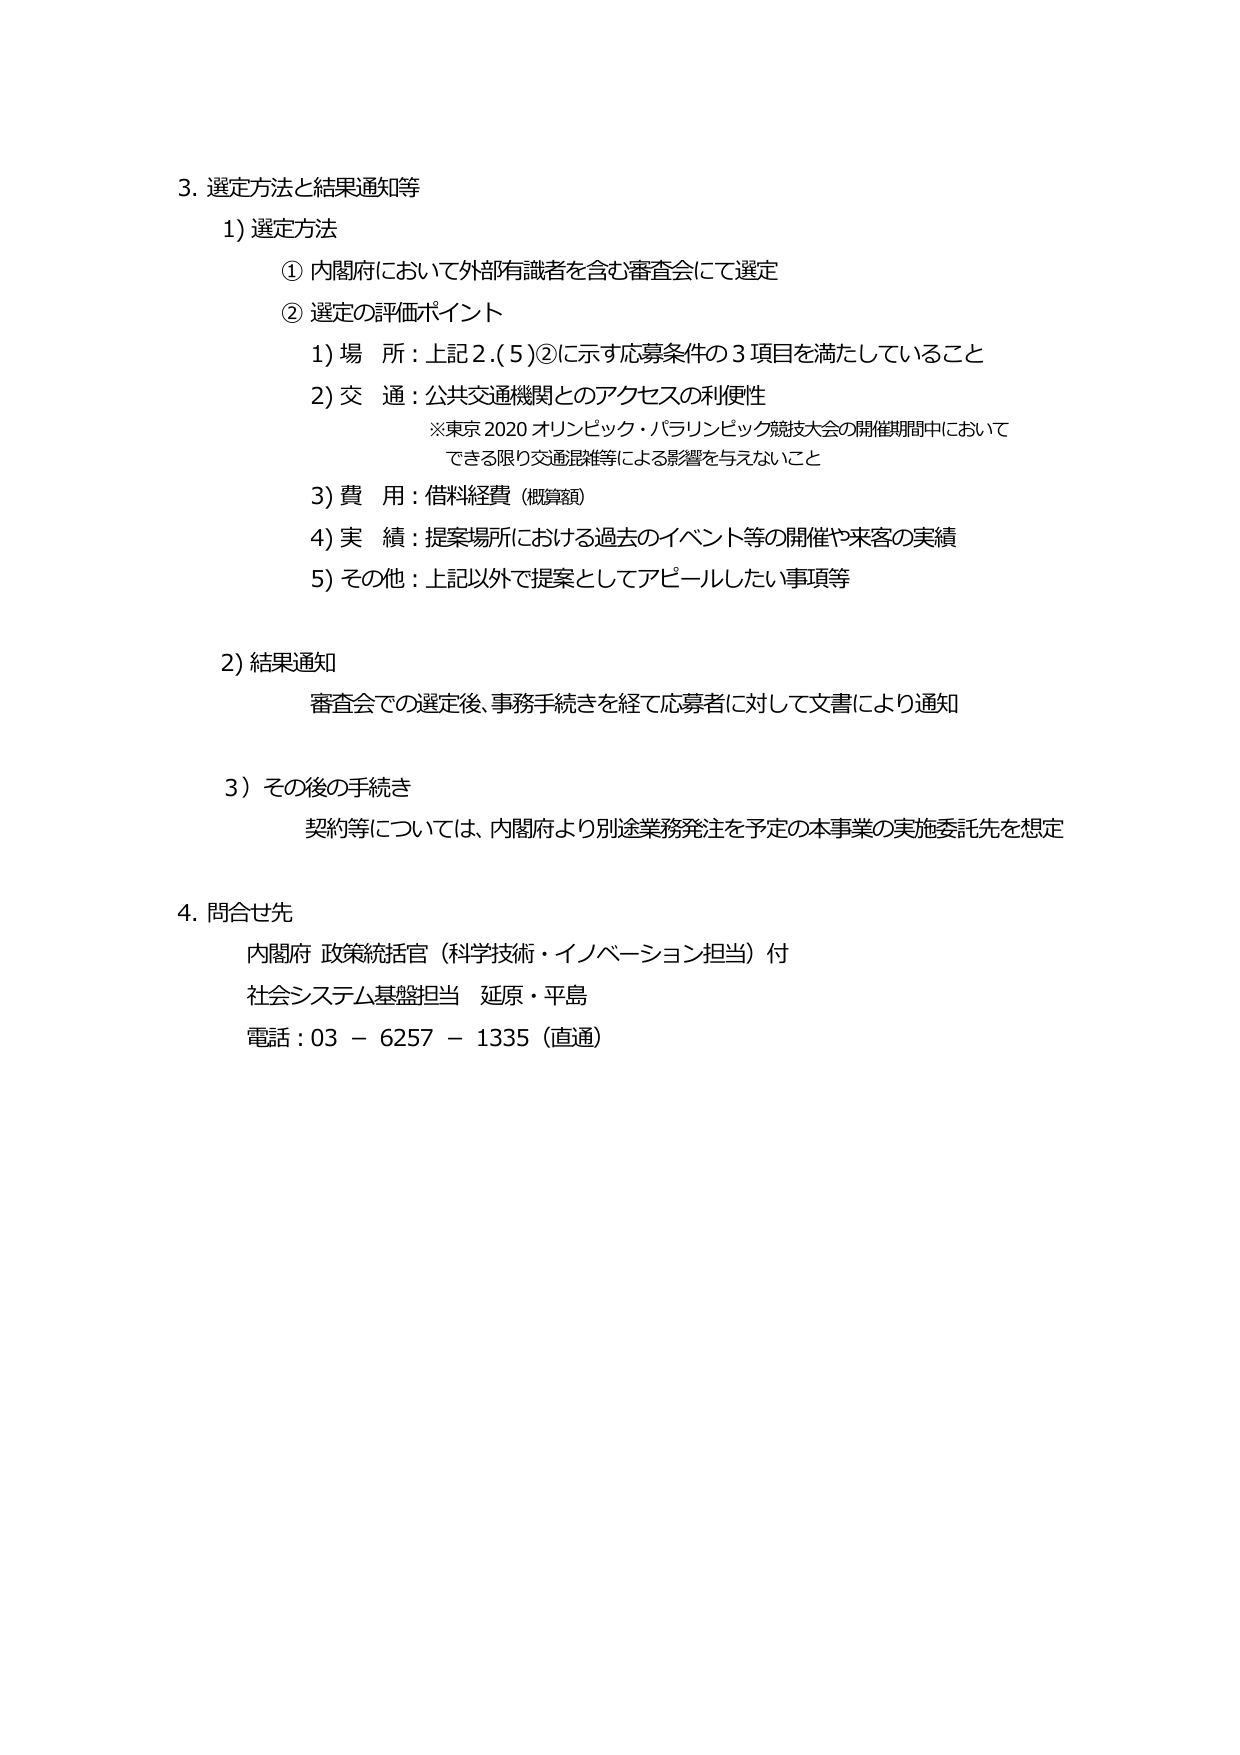
3. 選定方法と結果通知等
1) 選定方法
　① 内閣府において外部有識者を含む審査会にて選定
　② 選定の評価ポイント
　　1) 場 所：上記2.(5)②に示す応募条件の3項目を満たしていること
　　2) 交 通：公共交通機関とのアクセスの利便性
　　　　※東京2020オリンピック・パラリンピック競技大会の開催期間中において
　　　　　できる限り交通混雑等による影響を与えないこと
　　3) 費 用：借料経費（概算額）
　　4) 実 績：提案場所における過去のイベント等の開催や来客の実績
　　5) その他：上記以外で提案としてアピールしたい事項等

2) 結果通知
　審査会での選定後、事務手続きを経て応募者に対して文書により通知

3) その後の手続き
　契約等については、内閣府より別途業務発注を予定の本事業の実施委託先を想定

4. 問合せ先
　内閣府 政策統括官（科学技術・イノベーション担当）付
　社会システム基盤担当 延原・平島
　電話：03－6257－1335（直通）